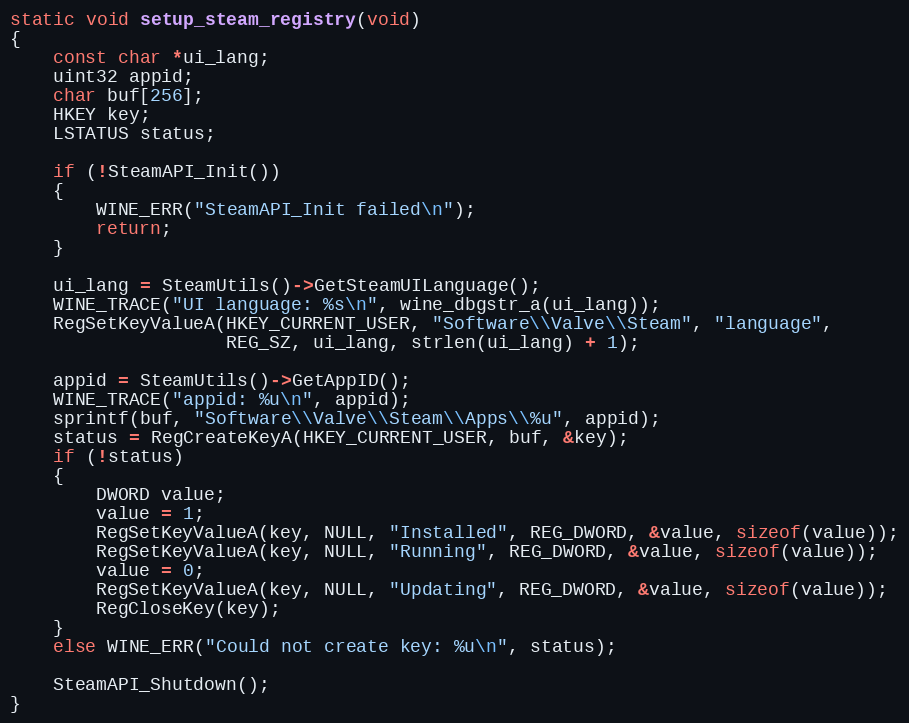
Language: C++
static void setup_steam_registry(void)
{
    const char *ui_lang;
    uint32 appid;
    char buf[256];
    HKEY key;
    LSTATUS status;

    if (!SteamAPI_Init())
    {
        WINE_ERR("SteamAPI_Init failed\n");
        return;
    }

    ui_lang = SteamUtils()->GetSteamUILanguage();
    WINE_TRACE("UI language: %s\n", wine_dbgstr_a(ui_lang));
    RegSetKeyValueA(HKEY_CURRENT_USER, "Software\\Valve\\Steam", "language",
                    REG_SZ, ui_lang, strlen(ui_lang) + 1);

    appid = SteamUtils()->GetAppID();
    WINE_TRACE("appid: %u\n", appid);
    sprintf(buf, "Software\\Valve\\Steam\\Apps\\%u", appid);
    status = RegCreateKeyA(HKEY_CURRENT_USER, buf, &key);
    if (!status)
    {
        DWORD value;
        value = 1;
        RegSetKeyValueA(key, NULL, "Installed", REG_DWORD, &value, sizeof(value));
        RegSetKeyValueA(key, NULL, "Running", REG_DWORD, &value, sizeof(value));
        value = 0;
        RegSetKeyValueA(key, NULL, "Updating", REG_DWORD, &value, sizeof(value));
        RegCloseKey(key);
    }
    else WINE_ERR("Could not create key: %u\n", status);

    SteamAPI_Shutdown();
}